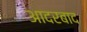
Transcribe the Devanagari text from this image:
आदरबाद